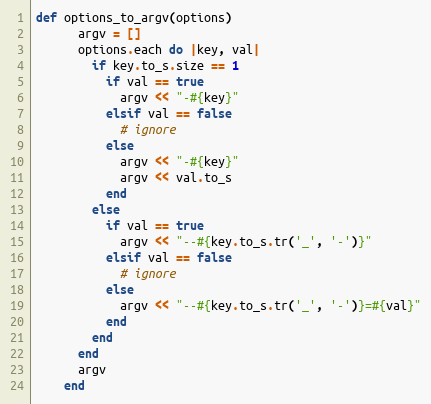
Language: Ruby
def options_to_argv(options)
      argv = []
      options.each do |key, val|
        if key.to_s.size == 1
          if val == true
            argv << "-#{key}"
          elsif val == false
            # ignore
          else
            argv << "-#{key}"
            argv << val.to_s
          end
        else
          if val == true
            argv << "--#{key.to_s.tr('_', '-')}"
          elsif val == false
            # ignore
          else
            argv << "--#{key.to_s.tr('_', '-')}=#{val}"
          end
        end
      end
      argv
    end